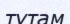
тұтам